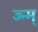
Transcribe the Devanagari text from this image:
ज्न्म्